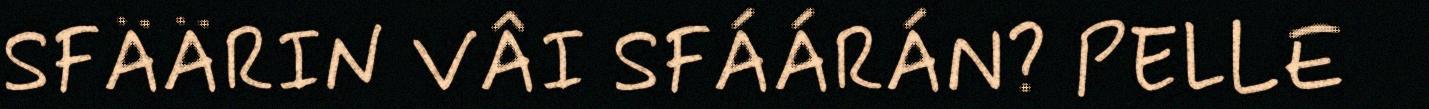
SFÄÄRIN VÂI SFÁÁRÁN? PELLE